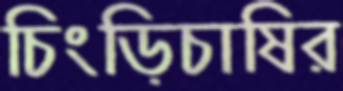
চিংড়িচাষির